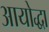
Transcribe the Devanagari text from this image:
आयोद्धा